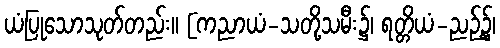
ယံပြုသောသုတ်တည်း။ [ကညာယံ-သတို့သမီး၌၊ ရတ္တိယံ-ညဉ့်၌၊